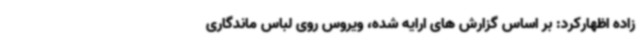
زاده اظهارکرد: بر اساس گزارش های ارایه شده، ویروس روی لباس ماندگاری